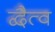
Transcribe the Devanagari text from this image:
द्वैत्व